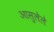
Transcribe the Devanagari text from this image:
आसुलेले